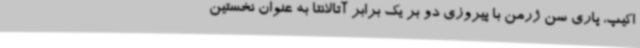
اکیپ، پاری سن ژرمن با پیروزی دو بر یک برابر آتالانتا به عنوان نخستین